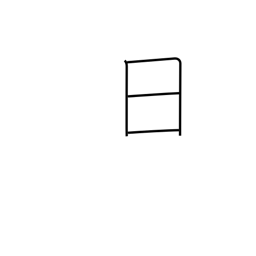
Meaning: day